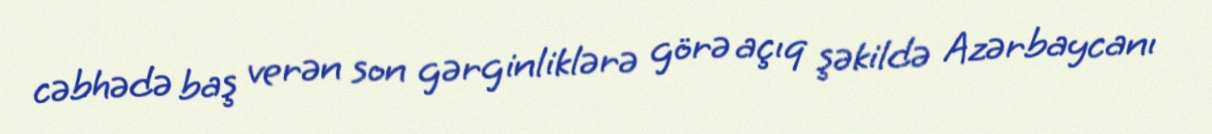
cəbhədə baş verən son gərginliklərə görə açıq şəkildə Azərbaycanı